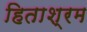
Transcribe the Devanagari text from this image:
हिताश्रम